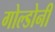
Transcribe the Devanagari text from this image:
गोल्डोनी